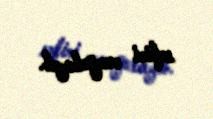
səfiri vurğulayıb.